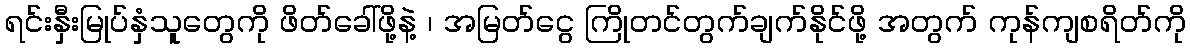
ရင်းနှီးမြုပ်နှံသူတွေကို ဖိတ်ခေါ်ဖို့နဲ့ ၊ အမြတ်ငွေ ကြိုတင်တွက်ချက်နိုင်ဖို့ အတွက် ကုန်ကျစရိတ်ကို